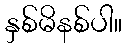
နှစ်မိနစ်ပါ။